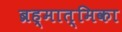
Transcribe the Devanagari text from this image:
ब्रह्मात्मिका